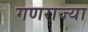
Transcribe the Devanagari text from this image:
गणराज्या